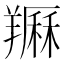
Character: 𦏈